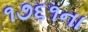
૧૭૬૧ના